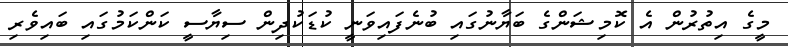
މީގެ އިތުރުން އެ ކޮމިޝަންގެ ބަޔާނުގައި ބުނެފައިވަނީ ކުޑަކުދިން ސިޔާސީ ކަންކަމުގައި ބައިވެރި